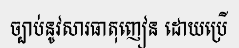
ច្បាប់នូវសារធាតុញៀន ដោយប្រើ